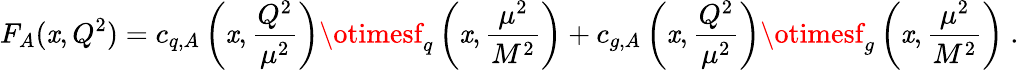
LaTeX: F_{A}(\mathit{x},Q^{2})=c_{q,A}\left(\mathit{x},\frac{{Q^{2}}}{{\mu^{2}}}\right)\otimesf_{q}\left(\mathit{x},\frac{{\mu^{2}}}{{M^{2}}}\right)+c_{g,A}\left(\mathit{x},\frac{{Q^{2}}}{{\mu^{2}}}\right)\otimesf_{g}\left(\mathit{x},\frac{{\mu^{2}}}{{M^{2}}}\right)~.